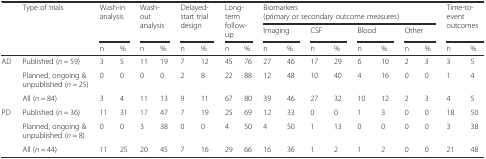
<table><thead><tr><td rowspan="3"></td><td rowspan="3"><b>Type of trials</b></td><td rowspan="2" colspan="2"><b>Wash-in analysis</b></td><td rowspan="2" colspan="2"><b>Wash-out analysis</b></td><td rowspan="2" colspan="2"><b>Delayed-start trial design</b></td><td rowspan="2" colspan="2"><b>Long-term follow-up</b></td><td colspan="8"><b>Biomarkers(primary or secondary outcome measures)</b></td><td rowspan="2" colspan="2"><b>Time-to-event outcomes</b></td></tr><tr><td colspan="2"><b>Imaging</b></td><td colspan="2"><b>CSF</b></td><td colspan="2"><b>Blood</b></td><td colspan="2"><b>Other</b></td></tr><tr><td><b>n</b></td><td><b>%</b></td><td><b>n</b></td><td><b>%</b></td><td><b>n</b></td><td><b>%</b></td><td><b>n</b></td><td><b>%</b></td><td><b>n</b></td><td><b>%</b></td><td><b>n</b></td><td><b>%</b></td><td><b>n</b></td><td><b>%</b></td><td><b>n</b></td><td><b>%</b></td><td><b>n</b></td><td><b>%</b></td></tr></thead><tbody><tr><td rowspan="3">AD</td><td>Published (<i>n</i> = 59)</td><td>3</td><td>5</td><td>11</td><td>19</td><td>7</td><td>12</td><td>45</td><td>76</td><td>27</td><td>46</td><td>17</td><td>29</td><td>6</td><td>10</td><td>2</td><td>3</td><td>3</td><td>5</td></tr><tr><td>Planned, ongoing &amp; unpublished (<i>n</i> = 25)</td><td>0</td><td>0</td><td>0</td><td>0</td><td>2</td><td>8</td><td>22</td><td>88</td><td>12</td><td>48</td><td>10</td><td>40</td><td>4</td><td>16</td><td>0</td><td>0</td><td>1</td><td>4</td></tr><tr><td>All (<i>n</i> = 84)</td><td>3</td><td>4</td><td>11</td><td>13</td><td>9</td><td>11</td><td>67</td><td>80</td><td>39</td><td>46</td><td>27</td><td>32</td><td>10</td><td>12</td><td>2</td><td>3</td><td>4</td><td>5</td></tr><tr><td rowspan="3">PD</td><td>Published (<i>n</i> = 36)</td><td>11</td><td>31</td><td>17</td><td>47</td><td>7</td><td>19</td><td>25</td><td>69</td><td>12</td><td>33</td><td>0</td><td>0</td><td>1</td><td>3</td><td>0</td><td>0</td><td>18</td><td>50</td></tr><tr><td>Planned, ongoing &amp; unpublished (<i>n</i> = 8)</td><td>0</td><td>0</td><td>3</td><td>38</td><td>0</td><td>0</td><td>4</td><td>50</td><td>4</td><td>50</td><td>1</td><td>13</td><td>0</td><td>0</td><td>0</td><td>0</td><td>3</td><td>38</td></tr><tr><td>All (<i>n</i> = 44)</td><td>11</td><td>25</td><td>20</td><td>45</td><td>7</td><td>16</td><td>29</td><td>66</td><td>16</td><td>36</td><td>1</td><td>2</td><td>1</td><td>2</td><td>0</td><td>0</td><td>21</td><td>48</td></tr></tbody></table>